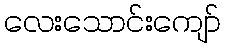
လေးသောင်းကျော်